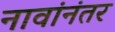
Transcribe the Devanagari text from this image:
नावांनंतर